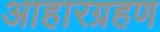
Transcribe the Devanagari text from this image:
आहारग्रहण